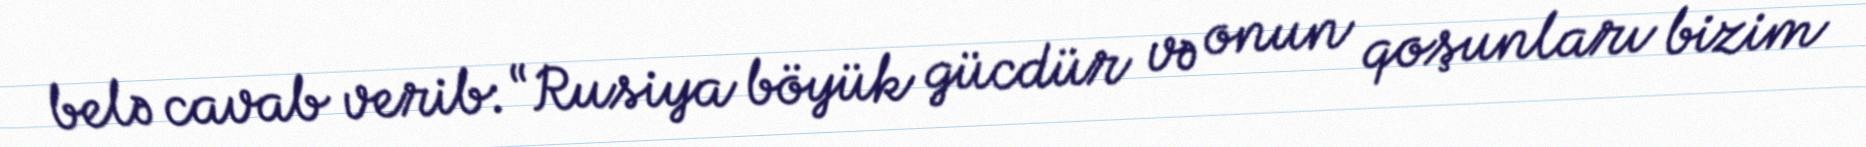
belə cavab verib: “Rusiya böyük gücdür və onun qoşunları bizim